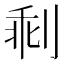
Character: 𠝍